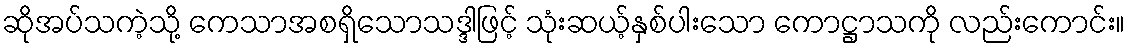
ဆိုအပ်သကဲ့သို့ ကေသာအစရှိသောသဒ္ဒါဖြင့် သုံးဆယ့်နှစ်ပါးသော ကောဋ္ဌာသကို လည်းကောင်း။